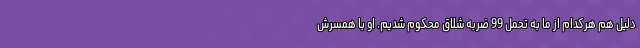
دلیل هم هرکدام از ما به تحمل 99 ضربه شلاق محکوم شدیم. او با همسرش